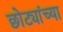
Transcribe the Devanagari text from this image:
छोट्यांच्या